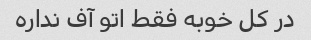
در کل خوبه فقط اتو آف نداره